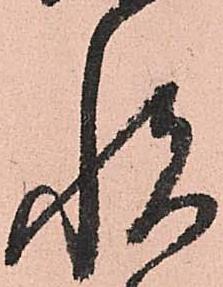
悦